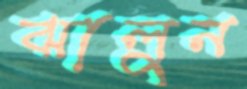
ঝালুন